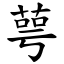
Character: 萼